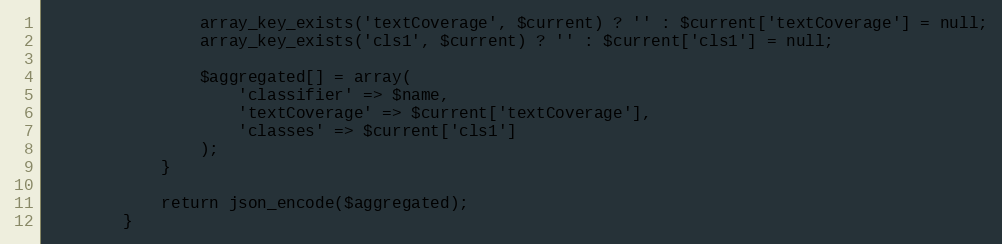
Language: PHP
                array_key_exists('textCoverage', $current) ? '' : $current['textCoverage'] = null;
                array_key_exists('cls1', $current) ? '' : $current['cls1'] = null;

                $aggregated[] = array(
                    'classifier' => $name,
                    'textCoverage' => $current['textCoverage'],
                    'classes' => $current['cls1']
                );
            }

            return json_encode($aggregated);
        }